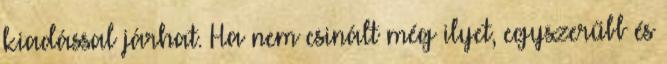
kiadással járhat. Ha nem csinált még ilyet, egyszerűbb és